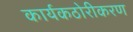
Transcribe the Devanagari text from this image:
कार्यकठोरीकरण